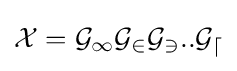
{\mathcal {X}}={\mathcal {G_{1}}}{\mathcal {G_{2}}}{\mathcal {G_{3}}}..{\mathcal {G_{d}}}